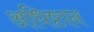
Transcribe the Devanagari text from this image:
अधिष्टान